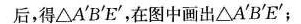
后，得△A'B'E'，在图中画出△A'B'E'；